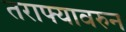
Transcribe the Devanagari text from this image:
तराफ्यावरुन